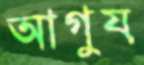
আগুয়